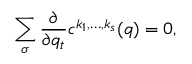
\sum _ { \sigma } { \frac { \partial } { \partial q _ { t } } } c ^ { k _ { 1 } , \ldots , k _ { s } } ( q ) = 0 ,